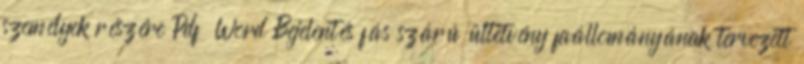
személyek részére Pdf Word Bejelentés fás szárú ültetvény faállományának tervezett